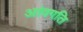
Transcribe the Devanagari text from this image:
आंवगति